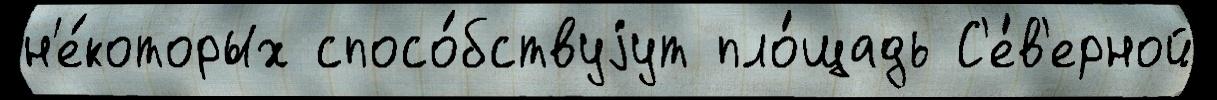
н'е́которых спосо́бствуjут пло́щадь С'е́в'ерной